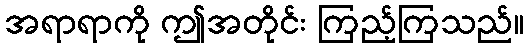
အရာရာကို ဤအတိုင်း ကြည့်ကြသည်။